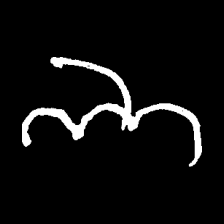
Pyu character \u2014 Myanmar letter: ဘ (romanized: bha)